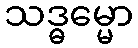
သဒ္ဓမ္မော